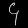
Digit: ၄